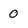
Character: 0